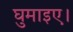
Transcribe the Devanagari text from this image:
घुमाइए।